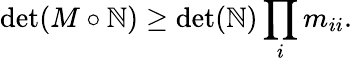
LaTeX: \operatorname*{det}(M\circ\mathbb{N})\geq\operatorname*{det}(\mathbb{N})\prod_{i}m_{ii}.